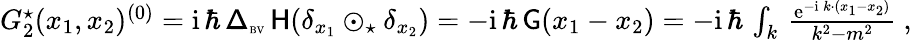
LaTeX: \begin{array}{r}{G_{2}^{\star}(x_{1},x_{2})^{(0)}={\mathrm{i}}\, \hbar\, {\mathsf\Delta}_{\textrm{\tiny BV}}\, \mathsf{H}(\delta_{x_{1}}\odot_{\star}\delta_{x_{2}})=-{\mathrm{i}}\, \hbar\, \mathsf{G}(x_{1}-x_{2})=-{\mathrm{i}}\, \hbar\, \int_{k}\, \frac{{\mathrm{e}}^{-{\mathrm{i}}\, k\cdot(x_{1}-x_{2})}}{k^{2}-m^{2}}\ ,}\end{array}